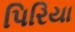
પિરિયા